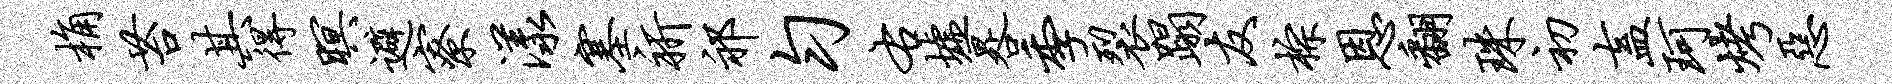
桷苔其得暝避寮漾塞祈祁匀右墟晷季裂蹋友棕恩翻珠初盍珂烤恶